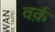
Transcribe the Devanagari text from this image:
वर्क़